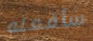
سأفعله